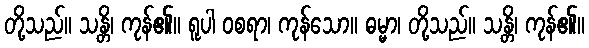
တို့သည်။ သန္တိ၊ ကုန်၏။ ရူပါ ဝစရာ၊ ကုန်သော။ ဓမ္မာ၊ တို့သည်။ သန္တိ၊ ကုန်၏။